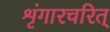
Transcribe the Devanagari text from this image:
शृंगारचरित्